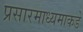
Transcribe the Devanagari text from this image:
प्रसारमाध्यमाकडे